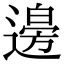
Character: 𮞾